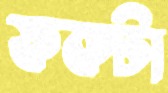
ফকটা